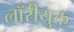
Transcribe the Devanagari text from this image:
लॉरीयुक्त